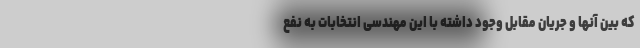
که بین آنها و جریان مقابل وجود داشته با این مهندسی انتخابات به نفع